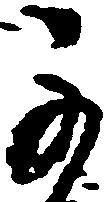
可